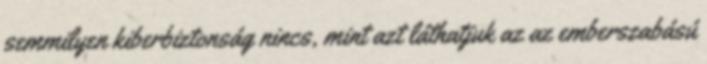
semmilyen kiberbiztonság nincs, mint azt láthatjuk az az emberszabású